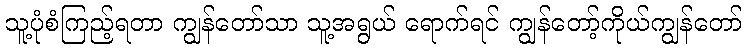
သူ့ပုံစံကြည့်ရတာ ကျွန်တော်သာ သူ့အရွယ် ရောက်ရင် ကျွန်တော့်ကိုယ်ကျွန်တော်